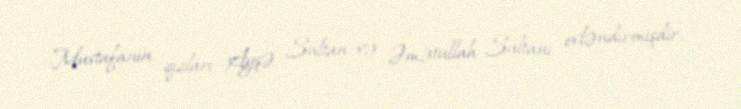
Mustafanın qızları Ayşə Sultan və Əmətullah Sultanı evləndirmişdir.